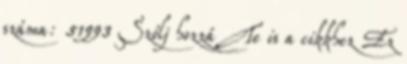
száma: 51993 Szólj hozzá Te is a cikkhez Ez